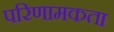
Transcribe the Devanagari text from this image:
परिणामकता